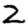
Digit: 2